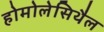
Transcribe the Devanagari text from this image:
होमोलेसिथैल